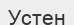
Устен